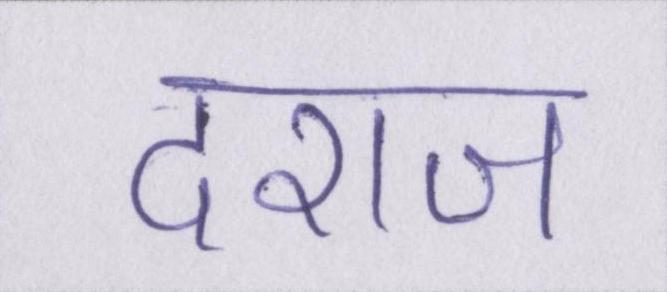
दराज